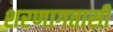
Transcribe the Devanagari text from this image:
शरणागतासी